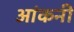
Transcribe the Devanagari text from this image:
आंकनी